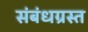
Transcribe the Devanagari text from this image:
संबंधग्रस्त